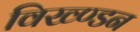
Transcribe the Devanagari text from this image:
विख्ण्डन